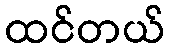
ထင်တယ်